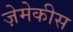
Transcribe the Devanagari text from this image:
ज़ेमेकीस